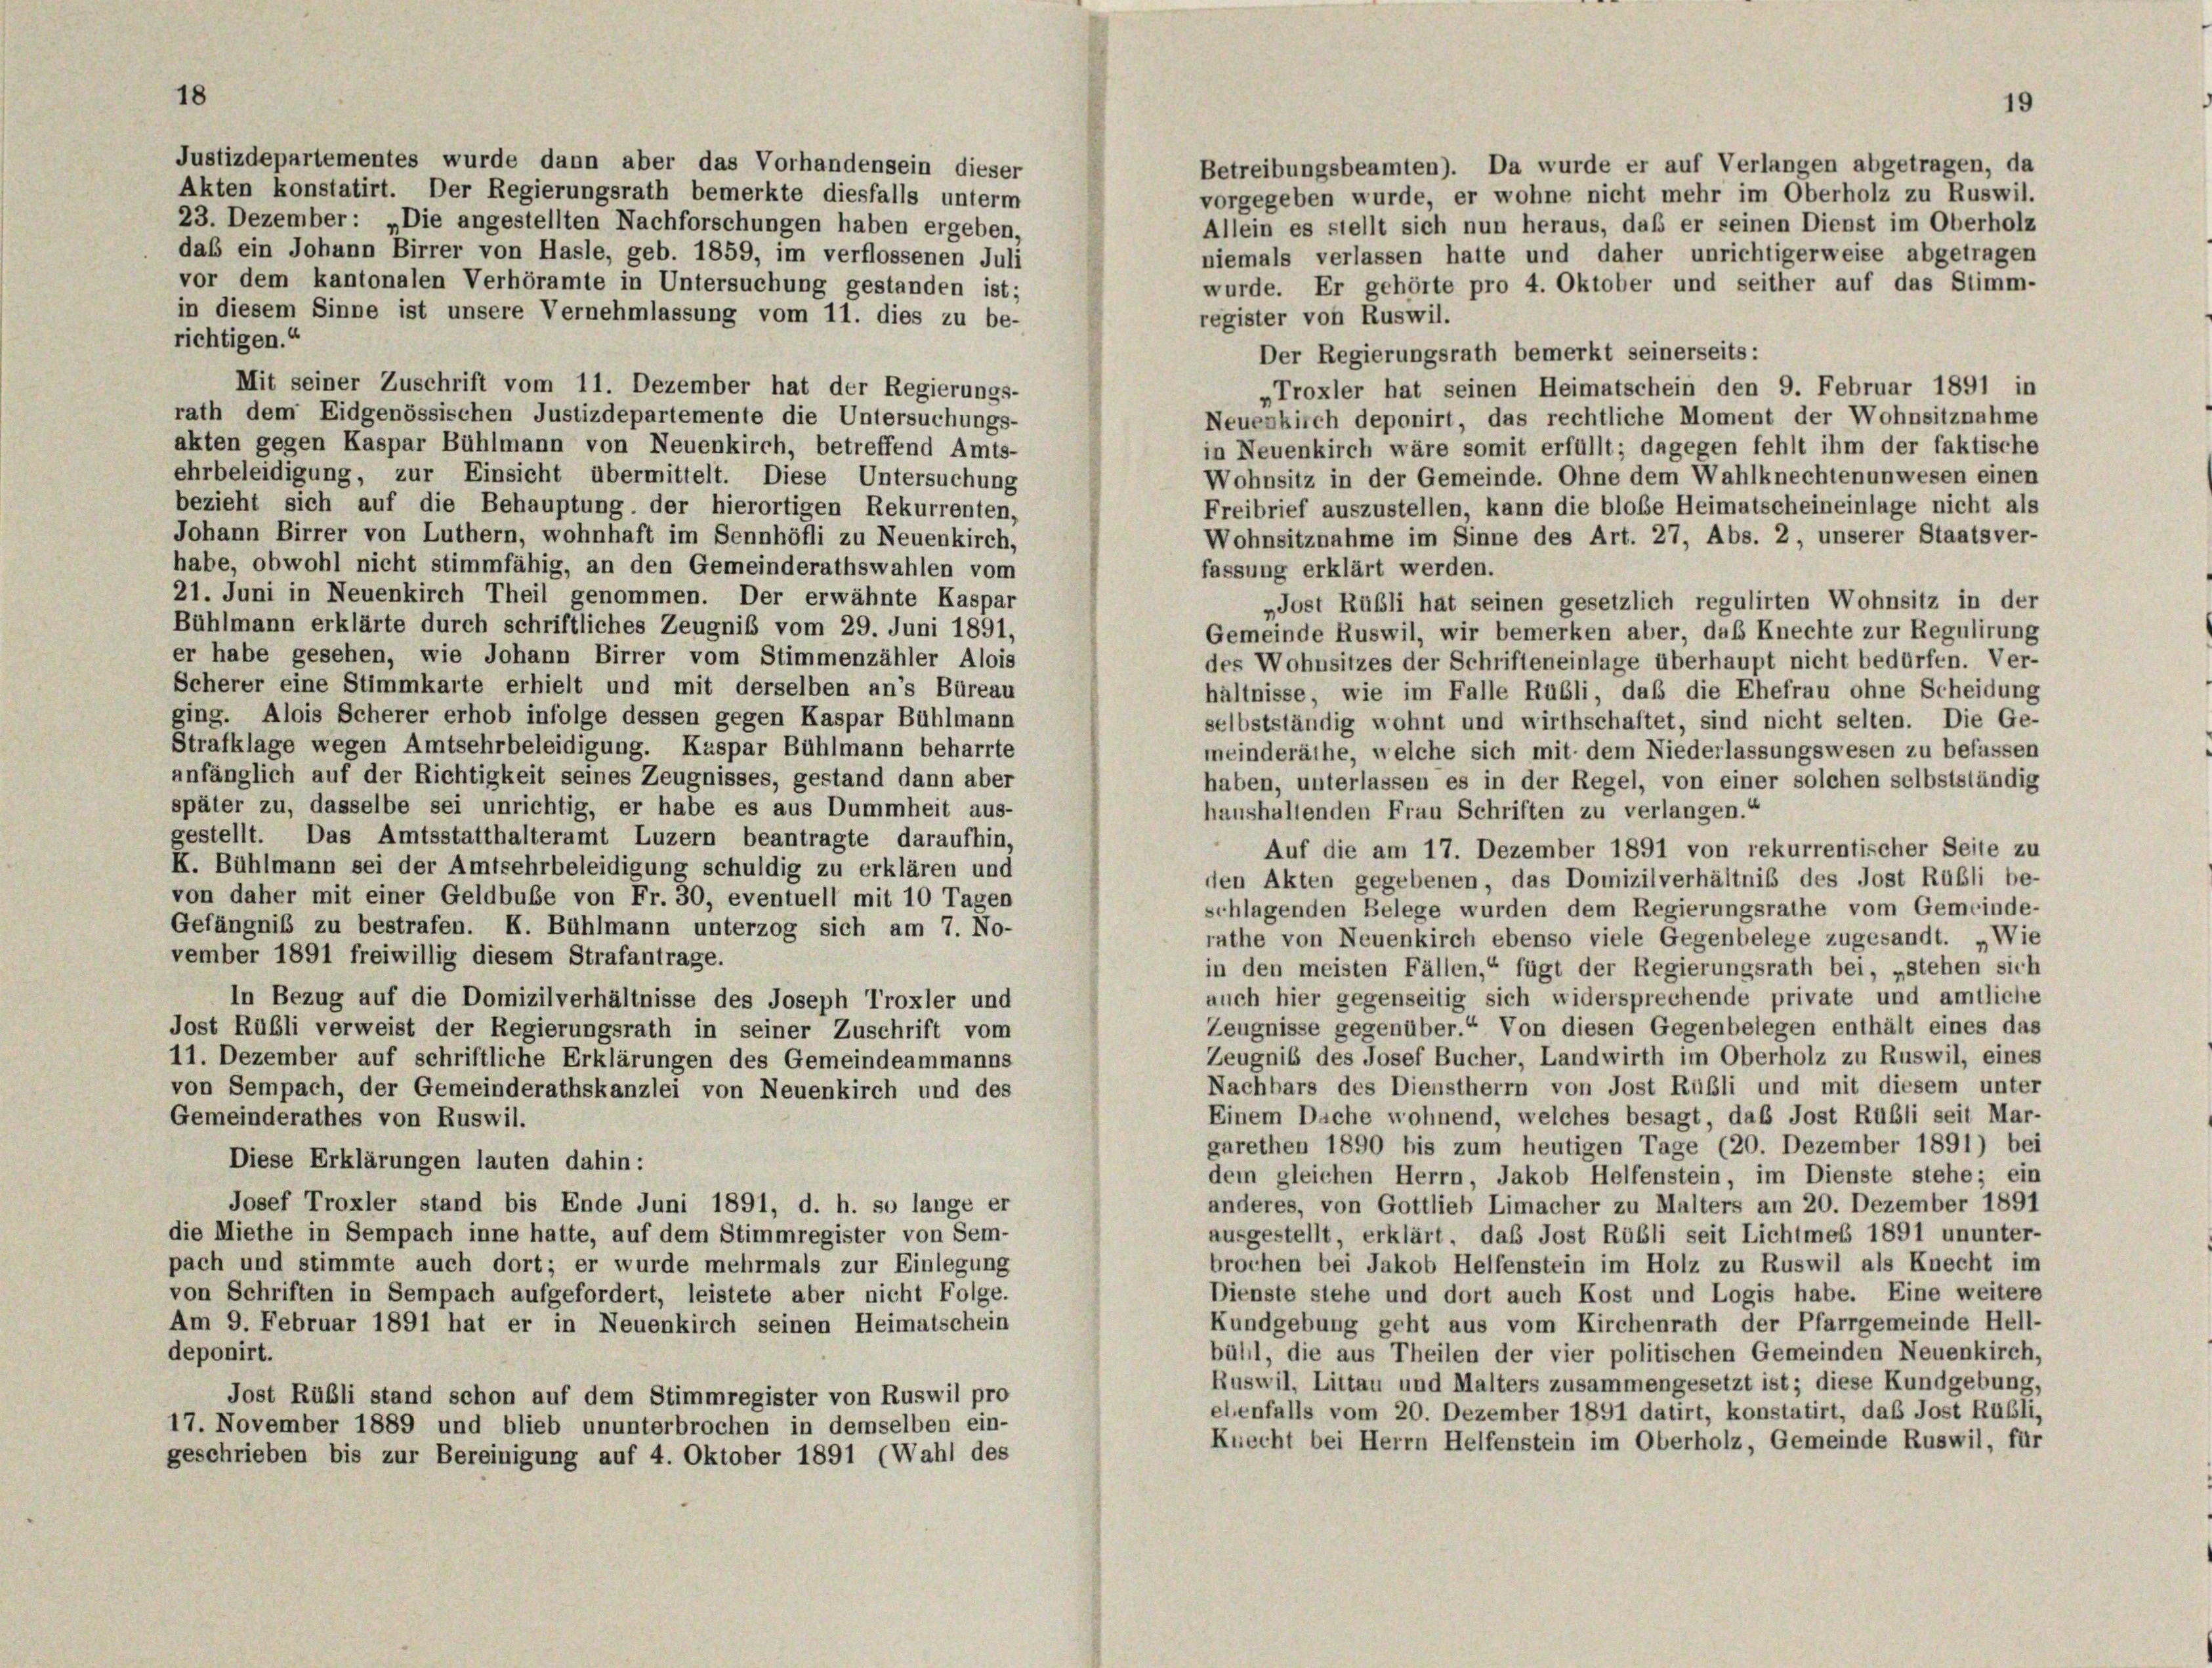
Justizdepartementes wurde dann aber das Vorhandensein dieser
Akten konstatirt. Der Regierungsrath bemerkte diesfalls unterm
23. Dezember : „Die angestellten Nachforschungen haben ergeben,

18

Betreibungsbeamten). Da wurde er auf Verlangen abgetragen, da
vorgegeben wurde, er wohne nicht mehr im Oberholz zu Ruswil.
Allein es stellt sich nun heraus, daß er seinen Dienst im Oberholz
das ein Johann Birrer von Hasle, geb. 1859, im verflossenen Juli
niemals verlassen hatte und daher unrichtigerweise abgetragen
vor dem kantonalen Verhöramte in Untersuchung gestanden ist;
wurde. Er gehörte pro 4. Oktober und seither auf das Stimm-
in diesem Sinne ist unsere Vernehmlassung vom 11. dies zu be-
register von Ruswil.
richtigen.“
Der Regierungsrath bemerkt seinerseits :
Mit seiner Zuschrift vom 11. Dezember hat der Regierungs-
„Troxler hat seinen Heimatschein den 9. Februar 1891 in
rath dem Eidgenössischen Justizdepartemente die Untersuchungs-
Neuenkirch deponirt, das rechtliche Moment der Wohnsitznahme
akten gegen Kaspar Bühlmann von Neuenkirch, betreffend Amts-
in Neuenkirch wäre somit erfüllt; dagegen fehlt ihm der faktische
ehrbeleidigung, zur Einsicht übermittelt. Diese Untersuchung
Wohnsitz in der Gemeinde. Ohne dem Wahlknechtenunwesen einen
bezieht sich auf die Behauptung, der hierortigen Rekurrenten,
Freibrief auszustellen, kann die bloße Heimatscheineinlage nicht als
Johann Birrer von Luthern, wohnhaft im Sennhöfli zu Neuenkirch,
Wohnsitznahme im Sinne des Art. 27, Abs. 2, unserer Staatsver-
habe, obwohl nicht stimmfähig, an den Gemeinderathswahlen vom
fassung erklärt werden.
21. Juni in Neuenkirch Theil genommen. Der erwähnte Kaspar
„Jost Rübli hat seinen gesetzlich regulirten Wohnsitz in der
Bühlmann erklärte durch schriftliches Zeugniß vom 29. Juni 1891,
Gemeinde Ruswil, wir bemerken aber, daß Knechte zur Regulirung
er habe gesehen, wie Johann Birrer vom Stimmenzähler Alois
des Wohnsitzes der Schrifteneinlage überhaupt nicht bedürfen. Ver-
Scherer eine Stimmkarte erhielt und mit derselben an’s Büreau
hältnisse, wie im Falle Rubli, daß die Ehefrau ohne Scheidung
ging. Alois Scherer erhob infolge dessen gegen Kaspar Bühlmann
selbstständig wohnt und wirthschaftet, sind nicht selten. Die Ge-
Strafklage wegen Amtsehrbeleidigung. Kaspar Bühlmann beharrte
meinderäthe, welche sich mit dem Niederlassungswesen zu befassen
anfänglich auf der Richtigkeit seines Zeugnisses, gestand dann aber
haben, unterlassen es in der Regel, von einer solchen selbstständig
später zu, dasselbe sei unrichtig, er habe es aus Dummheit aus-
haushaltenden Frau Schriften zu verlangen.“
gestellt. Das Amtsstatthalteramt Luzern beantragte daraufhin,
Auf die am 17. Dezember 1891 von rekurrentischer Seite zu
K. Bühlmann sei der Amtsehrbeleidigung schuldig zu erklären und
den Akten gegebenen, das Domizilverhältnis des Jost Rubli be-
von daher mit einer Geldbuße von Fr. 30, eventuell mit 10 Tagen
schlagenden Belege wurden dem Regierungsrathe vom Gemeinde-
Gefängniß zu bestrafen. K. Bühlmann unterzog sich am 7. No-
rathe von Neuenkirch ebenso viele Gegenbelege zugesandt. „Wie
vember 1891 freiwillig diesem Strafantrage.
in den meisten Fällen,“ fügt der Regierungsrath bei, „stehen sich
auch hier gegenseitig sich widersprechende private und amtliche
In Bezug auf die Domizilverhältnisse des Joseph Troxler und
Zeugnisse gegenüber.“ Von diesen Gegenbelegen enthält eines das
Jost Rübli verweist der Regierungsrath in seiner Zuschrift vom
Zeugnis des Josef Bucher, Landwirth im Oberholz zu Ruswil, eines
11. Dezember auf schriftliche Erklärungen des Gemeindeammanns
Nachbars des Dienstherrn von Jost Rüßli und mit diesem unter
von Sempach, der Gemeinderathskanzlei von Neuenkirch und des
Einem Dache wohnend, welches besagt, das Jost Rubli seit Mar-
Gemeinderathes von Ruswil.
garethen 1890 bis zum heutigen Tage (20. Dezember 1891) bei
Diese Erklärungen lauten dahin:
dem gleichen Herrn, Jakob Helfenstein, im Dienste stehe; ein
Josef Troxler stand bis Ende Juni 1891, d. h. so lange er
anderes, von Gottlieb Limacher zu Malters am 20. Dezember 1891
die Miethe in Sempach inne hatte, auf dem Stimmregister von Sem-
ausgestellt, erklärt, das Jost Rübli seit Lichtmeß 1891 ununter-
pach und stimmte auch dort; er wurde mehrmals zur Einlegung
brochen bei Jakob Helfenstein im Holz zu Ruswil als Knecht im
von Schriften in Sempach aufgefordert, leistete aber nicht Folge.
Dienste stehe und dort auch Kost und Logis habe. Eine weitere
Kundgebung geht aus vom Kirchenrath der Pfarrgemeinde Hell-
Am 9. Februar 1891 hat er in Neuenkirch seinen Heimatschein
bühl, die aus Theilen der vier politischen Gemeinden Neuenkirch,
deponirt.
Ruswil, Littau und Malters zusammengesetzt ist; diese Kundgebung,
Jost Rübli stand schon auf dem Stimmregister von Ruswil pro
elenfalls vom 20. Dezember 1891 datirt, konstatirt, daß Jost Rubli,
17. November 1889 und blieb ununterbrochen in demselben ein-
Knecht bei Herrn Helfenstein im Oberholz, Gemeinde Ruswil, für
geschrieben bis zur Bereinigung auf 4. Oktober 1891 (Wahl des

15